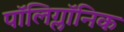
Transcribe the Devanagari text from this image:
पॉलिग्लॉनिक